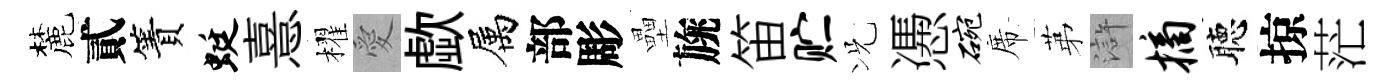
麓貳簀蜓憙櫂愛歔属部彫壘旐笛贮况慿碗席苐滸摘聴掠茫